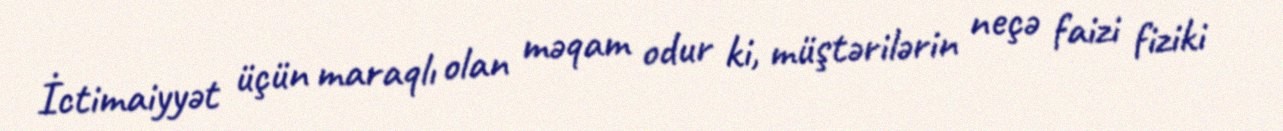
İctimaiyyət üçün maraqlı olan məqam odur ki, müştərilərin neçə faizi fiziki